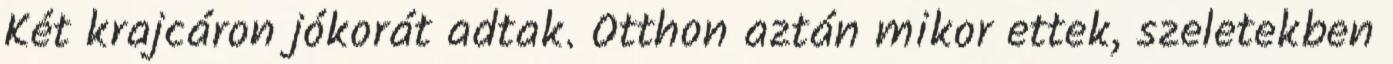
Két krajcáron jókorát adtak. Otthon aztán mikor ettek, szeletekben